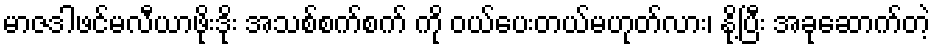
မာဇဒါဖင်မလီယာဖိုးဒိုး အသစ်စက်စက် ကို ဝယ်ပေးတယ်မဟုတ်လား၊ နို့ပြီး အခုဆောက်တဲ့